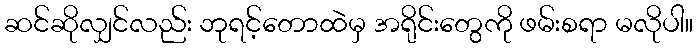
ဆင်ဆိုလျှင်လည်း ဘုရင့်တောထဲမှ အရိုင်းတွေကို ဖမ်းစရာ မလိုပါ။